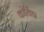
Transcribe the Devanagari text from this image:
कोर्विडा